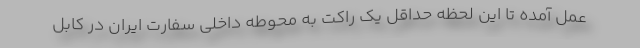
عمل آمده تا این لحظه حداقل یک راکت به محوطه داخلی سفارت ایران در کابل